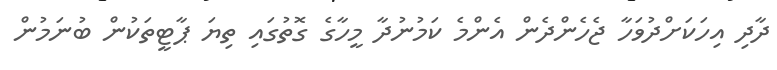
ދާދި އިހަކަށްދުވަހާ ޖެހެންދެން އެންމެ ކަމުނުދާ މީހާގެ ގޮތުގައި ތިޔަ ޕާޓީތަކުން ބުނަމުން